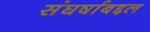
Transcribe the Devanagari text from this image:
संघर्षाबद्दल